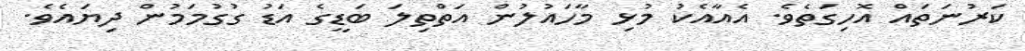
ކަރުނަތައް އޮހިގަތެވެ. އެއާއެކު މުޅި މާހައުލުން އަތްތިލަ ބަޑީގެ އަޑު ގުގުމަމުން ދިޔައެވެ.